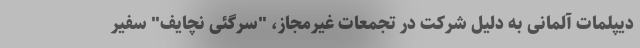
دیپلمات آلمانی به دلیل شرکت در تجمعات غیرمجاز، "سرگئی نچایف" سفیر